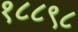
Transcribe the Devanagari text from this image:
१८८९८